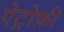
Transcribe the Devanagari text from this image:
ऐट्रोफ़ी